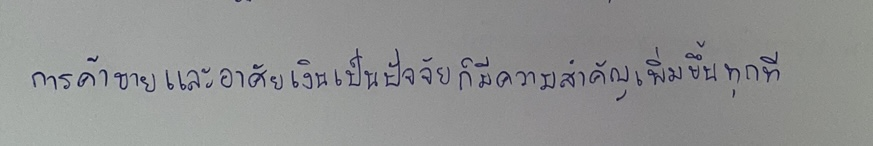
การค้าขายและอาศัยเงินเป็นปัจจัยก็มีความสำคัญเพิ่มขึ้นทุกที